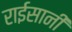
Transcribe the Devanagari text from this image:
राईसानी